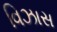
વિઝાસ